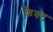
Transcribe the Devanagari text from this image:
फ़ैक्ट